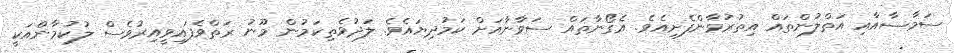
ސަމާސާއާއި އަތްލުންތައް އިތުރުވާންފެށިއެވެ. އެގޯނާތައް ސަވާނާއަށް ކަމުދިޔައެވެ. ލަދުވެތިކަމުން މޫނު ރަތްވެފައިވީއިރުވެސް ލުކުމާންއަކީ